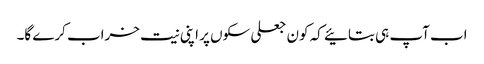
اب آپ ہی بتائیے کہ کون جعلی سکوں پر اپنی نیت خراب کرے گا۔